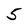
Character: 5